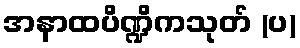
အနာထပိဏ္ဍိကသုတ် (ပ)